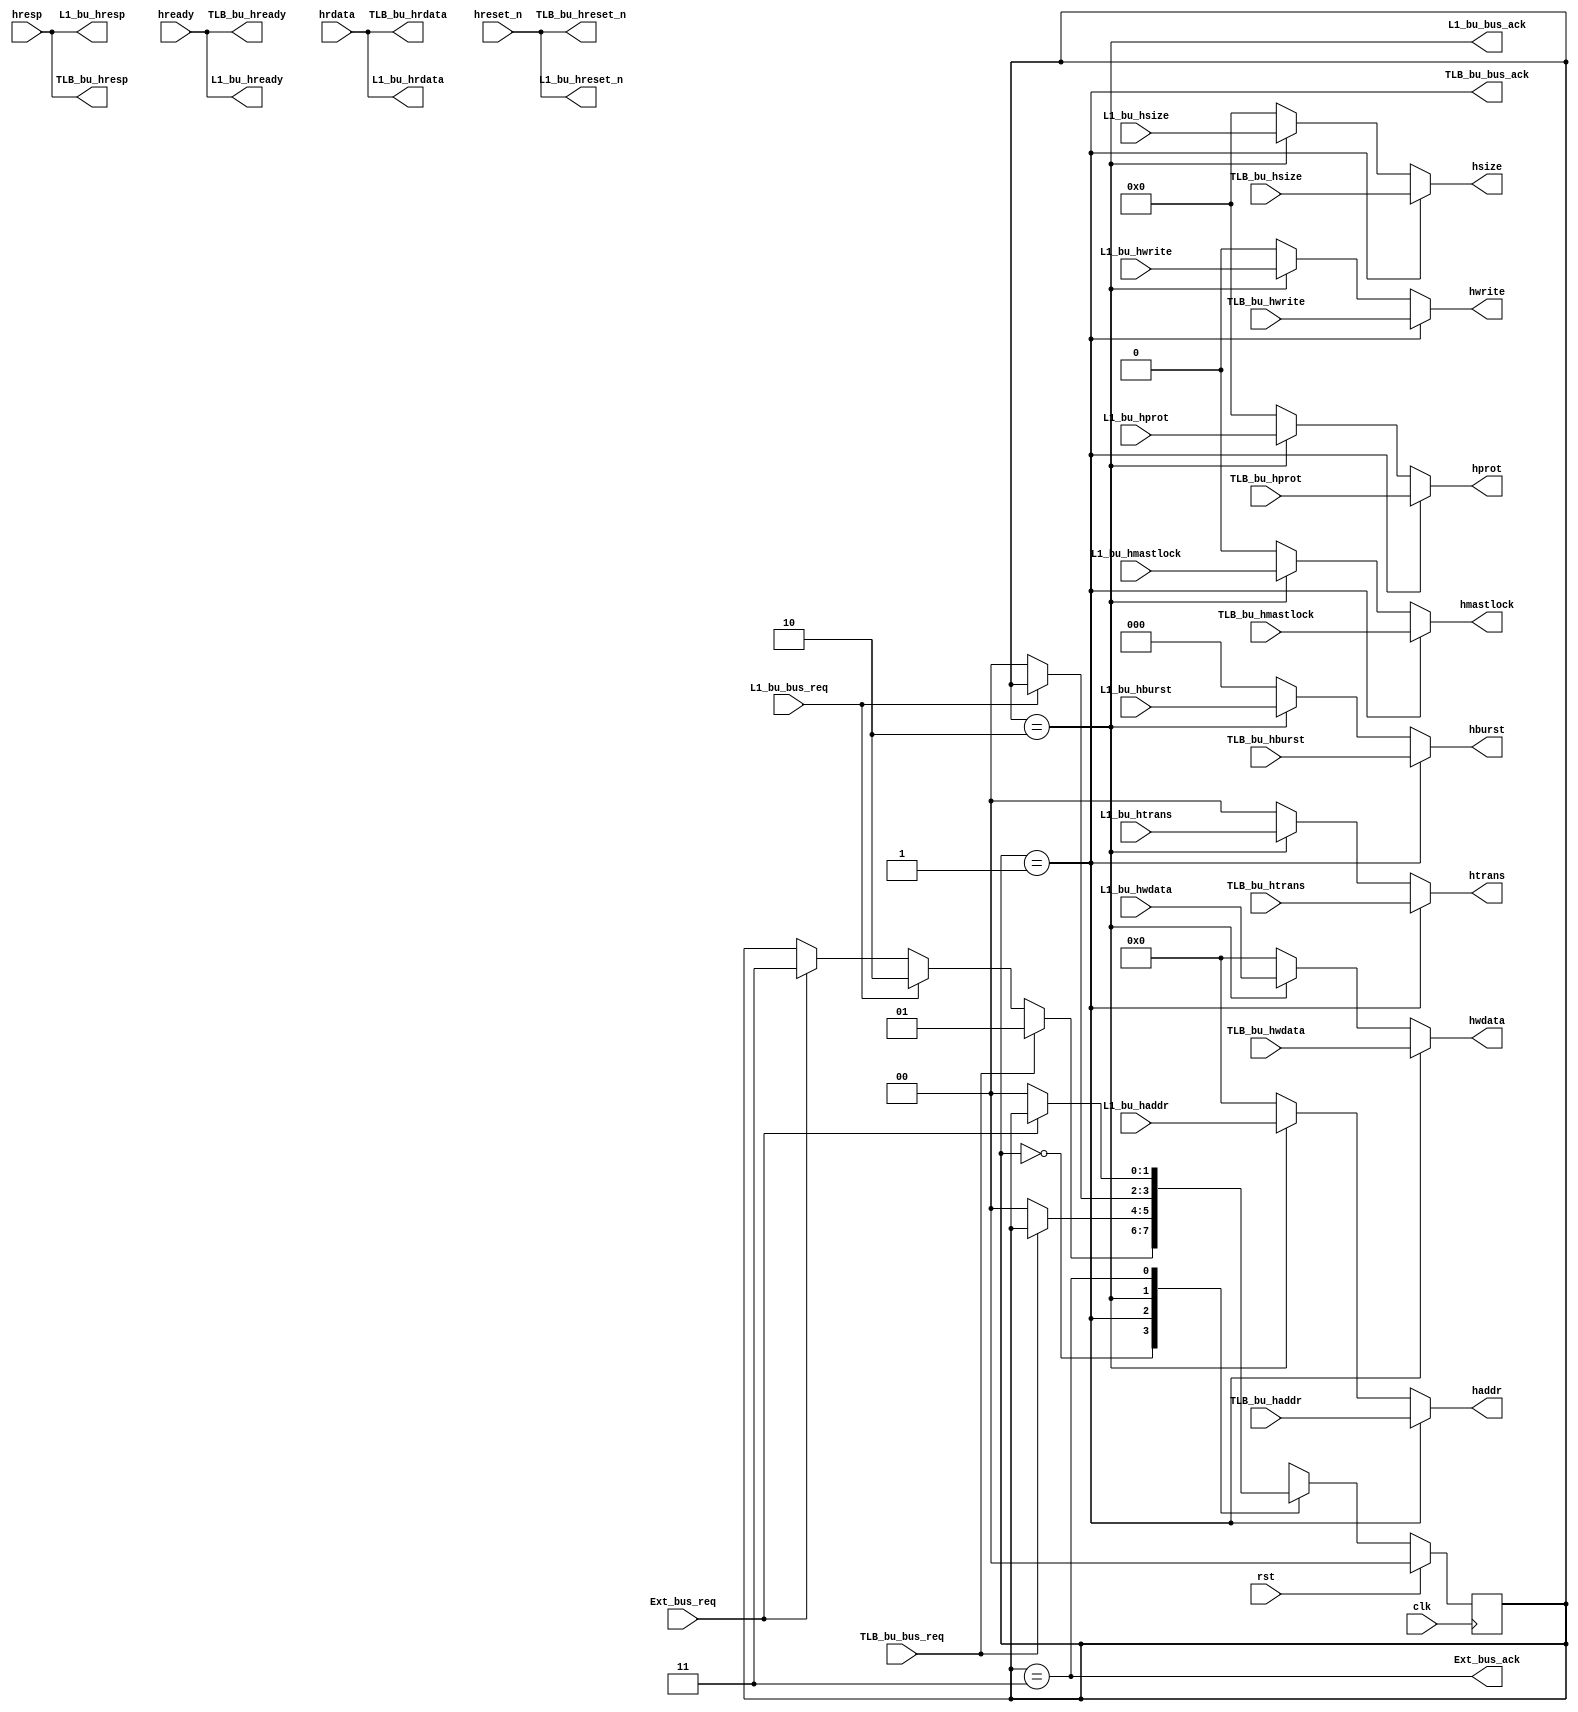
/*
bu_mux: bus unit mux, TLB buL1 bu

*/
module bu_mux(
input wire clk,
input wire rst,
//TLB bu ahb
input [63:0]TLB_bu_haddr,
input TLB_bu_hwrite,
input [3:0]TLB_bu_hsize,
input [2:0]TLB_bu_hburst,
input [3:0]TLB_bu_hprot,
input [1:0]TLB_bu_htrans,
input TLB_bu_hmastlock,
input [63:0]TLB_bu_hwdata,

output wire TLB_bu_hready,
output wire TLB_bu_hresp,
output wire TLB_bu_hreset_n,
output wire [63:0]TLB_bu_hrdata,

output wire TLB_bu_bus_ack,		//
input wire TLB_bu_bus_req,		//

//TLB bu ahb
input [63:0]L1_bu_haddr,
input L1_bu_hwrite,
input [3:0]L1_bu_hsize,
input [2:0]L1_bu_hburst,
input [3:0]L1_bu_hprot,
input [1:0]L1_bu_htrans,
input L1_bu_hmastlock,
input [63:0]L1_bu_hwdata,

output wire L1_bu_hready,
output wire L1_bu_hresp,
output wire L1_bu_hreset_n,
output wire [63:0]L1_bu_hrdata,

output wire L1_bu_bus_ack,		//
input wire L1_bu_bus_req,		//

//
output wire Ext_bus_ack,
input wire Ext_bus_req,

//AHB
//ahb
output [63:0]haddr,
output hwrite,
output [3:0]hsize,
output [2:0]hburst,
output [3:0]hprot,
output [1:0]htrans,
output hmastlock,
output [63:0]hwdata,

input wire hready,
input wire hresp,
input wire hreset_n,
input wire [63:0]hrdata

);
reg [1:0]bus_mux_state;	//


always@(posedge clk)begin
	if(rst)begin
		bus_mux_state	<=	2'b00;
	end
	else begin
		case(bus_mux_state)
			2'b00	:	bus_mux_state	<=	TLB_bu_bus_req ? 2'b01 : L1_bu_bus_req ? 2'b10 : Ext_bus_req ? 2'b11 : bus_mux_state;
			2'b01	:	bus_mux_state	<=	!TLB_bu_bus_req ? 2'b00 : bus_mux_state;
			2'b10	:	bus_mux_state	<=	!L1_bu_bus_req  ? 2'b00 : bus_mux_state;
			2'b11	:	bus_mux_state	<=	!Ext_bus_req ? 2'b00 : bus_mux_state;
		endcase
	end
end
assign TLB_bu_bus_ack	=	(bus_mux_state==2'b01);
assign L1_bu_bus_ack	=	(bus_mux_state==2'b10);
assign Ext_bus_ack		=	(bus_mux_state==2'b11);
//AHBTLB-buL1-bu
//AHB
assign haddr	=	TLB_bu_bus_ack	?	TLB_bu_haddr	: L1_bu_bus_ack ? L1_bu_haddr : 64'b0;
assign hwrite	=	TLB_bu_bus_ack	?	TLB_bu_hwrite	: L1_bu_bus_ack ? L1_bu_hwrite : 1'b0;
assign hsize	=	TLB_bu_bus_ack	?	TLB_bu_hsize	: L1_bu_bus_ack ? L1_bu_hsize : 4'b0;
assign hburst	=	TLB_bu_bus_ack	?	TLB_bu_hburst	: L1_bu_bus_ack ? L1_bu_hburst : 3'b0;
assign hprot	=	TLB_bu_bus_ack	?	TLB_bu_hprot	: L1_bu_bus_ack ? L1_bu_hprot : 4'b0;
assign htrans	=	TLB_bu_bus_ack	?	TLB_bu_htrans	: L1_bu_bus_ack ? L1_bu_htrans : 2'b0;
assign hmastlock=	TLB_bu_bus_ack	?	TLB_bu_hmastlock: L1_bu_bus_ack ? L1_bu_hmastlock : 1'b0;
assign hwdata	=	TLB_bu_bus_ack	?	TLB_bu_hwdata	: L1_bu_bus_ack ? L1_bu_hwdata : 64'b0;

//TLB-bu
assign L1_bu_hready		=	hready;
assign L1_bu_hresp		=	hresp;
assign L1_bu_hreset_n	=	hreset_n;
assign L1_bu_hrdata		=	hrdata;
//L1-bu
assign TLB_bu_hready		=	hready;
assign TLB_bu_hresp		=	hresp;
assign TLB_bu_hreset_n	=	hreset_n;
assign TLB_bu_hrdata		=	hrdata;

endmodule